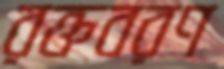
রক্তবরণ